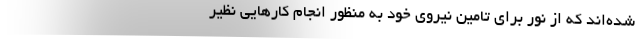
شده‌اند که از نور برای تامین نیروی خود به منظور انجام کارهایی نظیر